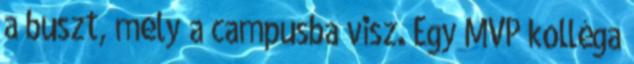
a buszt, mely a campusba visz. Egy MVP kolléga